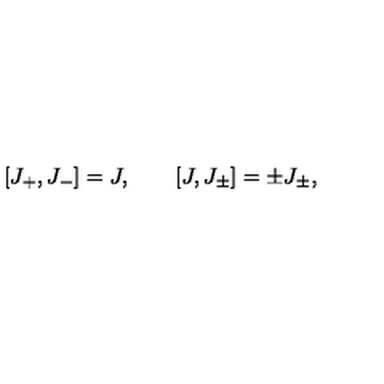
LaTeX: [ J _ { + } , J _ { - } ] = J , \qquad [ J , J _ { \pm } ] = \pm J _ { \pm } ,